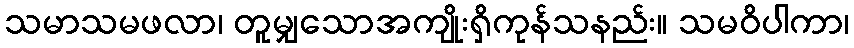
သမာသမဖလာ၊ တူမျှသောအကျိုးရှိကုန်သနည်း။ သမဝိပါကာ၊